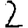
Digit: 2